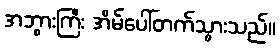
အဘွားကြီး အိမ်ပေါ်တက်သွားသည်။